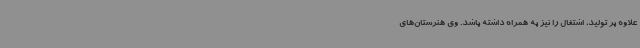
علاوه بر تولید، اشتغال را نیز به همراه داشته باشد. وی هنرستان‌های